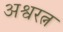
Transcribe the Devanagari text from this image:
अश्वरत्न